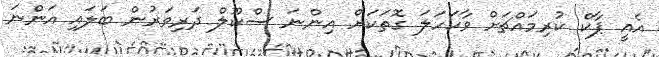
އެއީ ޕާކް ކުރިމައްޗަށް ވާކަހަލަ ގޮތަކަށް އިންނަ ސްކޫލް ދަރިވަރުން ބަލައި އަންނަ